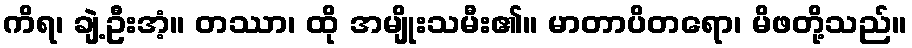
ကိရ၊ ချဲ့ဦးအံ့။ တဿာ၊ ထို အမျိုးသမီး၏။ မာတာပိတရော၊ မိဖတို့သည်။